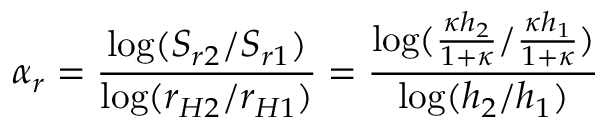
\alpha _ { r } = \frac { \log ( S _ { r 2 } / S _ { r 1 } ) } { \log ( r _ { H 2 } / r _ { H 1 } ) } = \frac { \log ( \frac { \kappa h _ { 2 } } { 1 + \kappa } / \frac { \kappa h _ { 1 } } { 1 + \kappa } ) } { \log ( h _ { 2 } / h _ { 1 } ) }